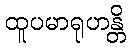
ထူပမာရုဟန္တိ